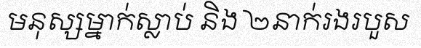
មនុស្សម្នាក់ស្លាប់ និង ២នាក់រងរបួស